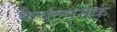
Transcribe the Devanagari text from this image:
कैवल्यमेकं